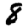
Digit: 8